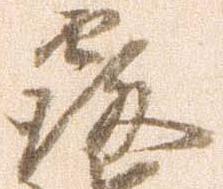
覆